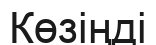
Көзіңді